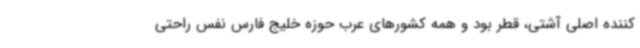
کننده اصلی آشتی، قطر بود و همه کشورهای عرب حوزه خلیج فارس نفس راحتی